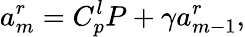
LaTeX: a_{m}^{r}=C_{p}^{l}P+\gamma a_{m-1}^{r},